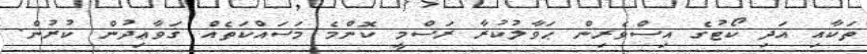
ތަކާއި އަދި ކޯޓުގެ އިސްވެރިން ޙަވާލުކުރާ ރަސްމީ ކޮންމެ މަސައްކަތެއް ޤަވާޢިދުން ކުރުން.